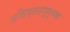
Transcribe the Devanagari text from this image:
अशिष्टतापूर्वक